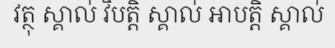
វត្ថុ ស្គាល់ វិបត្តិ ស្គាល់ អាបត្តិ ស្គាល់